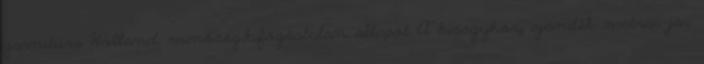
garnitúra Holland minőség,kifogástalan állapot A kiságyhoz ajándék matrac jár